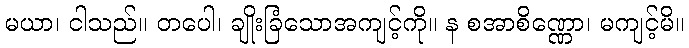
မယာ၊ ငါသည်။ တပေါ၊ ချိုးခြံသောအကျင့်ကို။ န စအာစိဏ္ဏော၊ မကျင့်မိ။